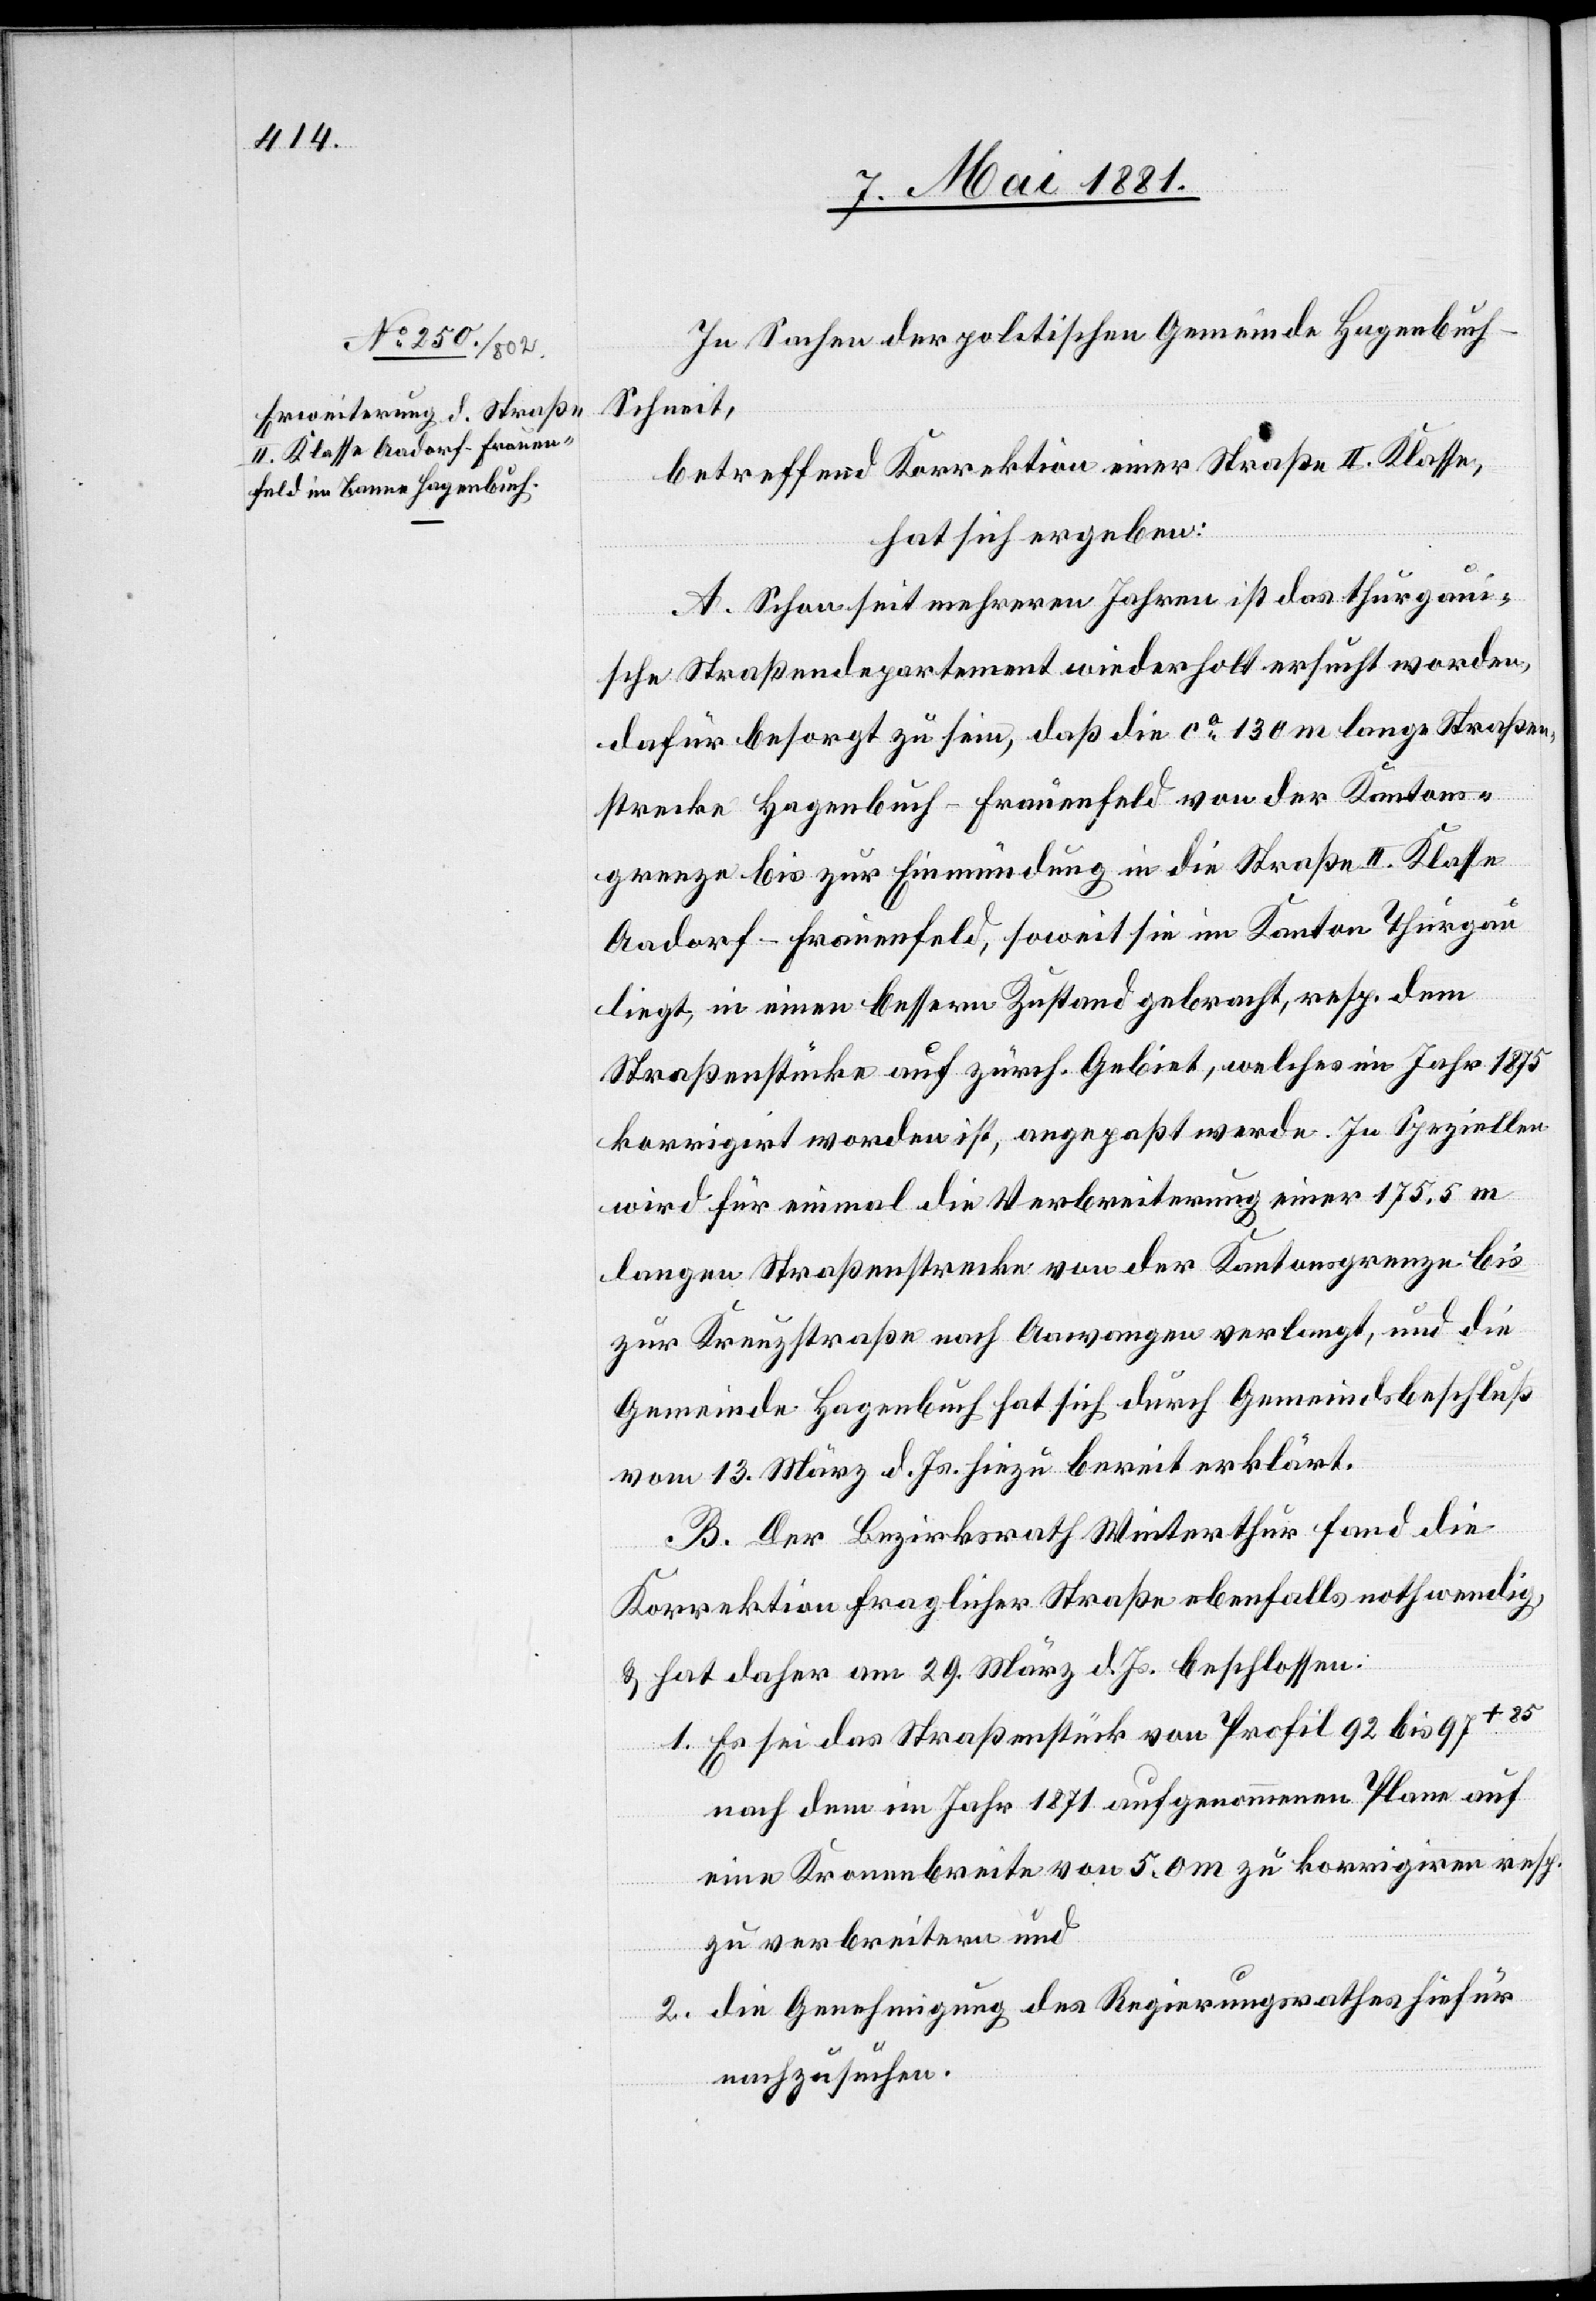
In Sachen der politischen Gemeinde Hagenbuch
Schneit,
betreffend Korrektion einer Straße II. Klasse,
hat sich ergeben:
A. Schon seit mehreren Jahren ist das thurgaui¬
sche Straßendepartement wiederholt ersucht worden,
dafür besorgt zu sein, daß die ca 130 m lange Straßen¬
strecke Hagenbuch–Frauenfeld von der Kantons¬
grenze bis zur Einmündung in die Straße II. Klasse
Aadorf–Frauenfeld, soweit sie im Kanton Thurgau
liegt, in einen bessern Zustand gebracht, resp. dem
Straßenstücke auf zürch. Gebiet, welches im Jahre 1875
korrigirt worden ist, angepaßt werde. Im Speziellen
wird für einmal die Verbreiterung einer 175.5 m
langen Straßenstrecke von der Kantonsgrenze bis
zur Kreuzstraße nach Aawangen verlegt, und die
Gemeinde Hagenbuch hat sich durch Gemeindsbeschluß
vom 13. März d. Js. hiezu bereit erklärt.
B. Der Bezirksrath Winterthur fand die
Korrektion fraglicher Straße ebenfalls nothwendig,
& hat daher am 29. März d. Js. beschlossen:
1. Es sei das Straßenstück von Profil 92 bis 97 a-+
nach dem im Jahre 1871 aufgenommenen Plan auf
eine Kronenbreite von 5.0 m zu korrigiren resp.
zu verbreitern und
2. die Genehmigung des Regierungsrathes hierfür
nachzusuchen.